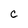
Character: c